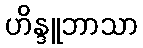
ဟိန္ဒူဘာသာ